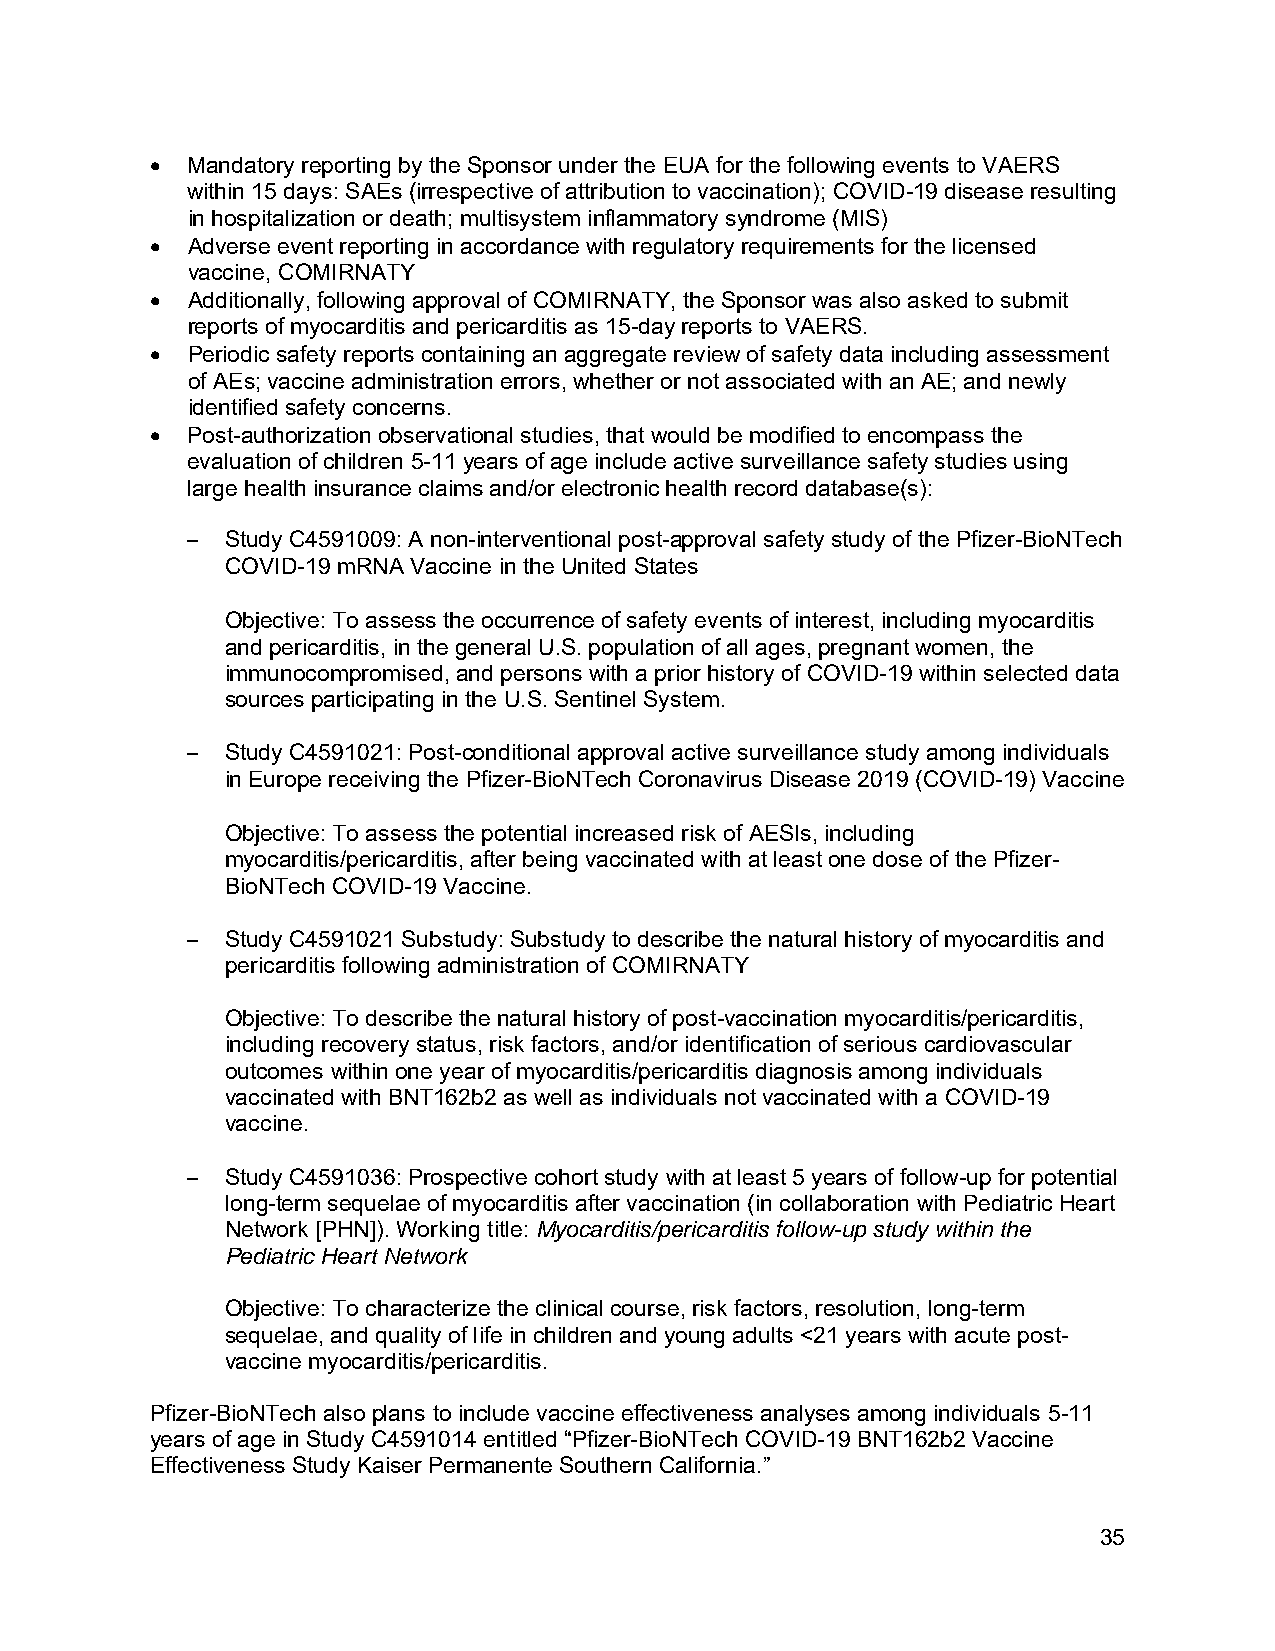
• Mandatory reporting by the Sponsor under the EUA for the following events to VAERS
 within 15 days: SAEs (irrespective of attribution to vaccination); COVID-19 disease resulting
 in hospitalization or death; multisystem inflammatory syndrome (MIS)
 • Adverse event reporting in accordance with regulatory requirements for the licensed
 vaccine, COMIRNATY
 • Additionally, following approval of COMIRNATY, the Sponsor was also asked to submit
 reports of myocarditis and pericarditis as 15-day reports to VAERS.
 • Periodic safety reports containing an aggregate review of safety data including assessment
 of AEs; vaccine administration errors, whether or not associated with an AE; and newly
 identified safety concerns.
 • Post-authorization observational studies, that would be modified to encompass the
 evaluation of children 5-11 years of age include active surveillance safety studies using
 large health insurance claims and/or electronic health record database(s):
 –  Study C4591009: A non-interventional post-approval safety study of the Pfizer-BioNTech
 COVID-19 mRNA Vaccine in the United States
 Objective: To assess the occurrence of safety events of interest, including myocarditis
 and pericarditis, in the general U.S. population of all ages, pregnant women, the
 immunocompromised, and persons with a prior history of COVID-19 within selected data
 sources participating in the U.S. Sentinel System.
 –  Study C4591021: Post-conditional approval active surveillance study among individuals
 in Europe receiving the Pfizer-BioNTech Coronavirus Disease 2019 (COVID-19) Vaccine
 Objective: To assess the potential increased risk of AESIs, including
 myocarditis/pericarditis, after being vaccinated with at least one dose of the Pfizer-
 BioNTech COVID-19 Vaccine.
 –  Study C4591021 Substudy: Substudy to describe the natural history of myocarditis and
 pericarditis following administration of COMIRNATY
 Objective: To describe the natural history of post-vaccination myocarditis/pericarditis,
 including recovery status, risk factors, and/or identification of serious cardiovascular
 outcomes within one year of myocarditis/pericarditis diagnosis among individuals
 vaccinated with BNT162b2 as well as individuals not vaccinated with a COVID-19
 vaccine.
 –  Study C4591036: Prospective cohort study with at least 5 years of follow-up for potential
 long-term sequelae of myocarditis after vaccination (in collaboration with Pediatric Heart
 Network [PHN]). Working title: Myocarditis/pericarditis follow-up study within the
 Pediatric Heart Network
 Objective: To characterize the clinical course, risk factors, resolution, long-term
 sequelae, and quality of life in children and young adults <21 years with acute post-
 vaccine myocarditis/pericarditis.
 Pfizer-BioNTech also plans to include vaccine effectiveness analyses among individuals 5-11
 years of age in Study C4591014 entitled “Pfizer-BioNTech COVID-19 BNT162b2 Vaccine
 Effectiveness Study Kaiser Permanente Southern California.”
 35